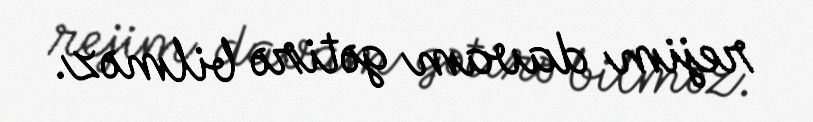
rejim davam gətirə bilməz.